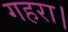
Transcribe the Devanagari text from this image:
गहरा।